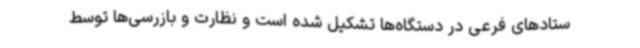
ستادهای فرعی در دستگاه‌ها تشکیل شده است و نظارت و بازرسی‌ها توسط